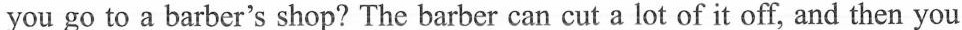
you go to a barber's shop? The barber can cut a lot of it off, and then you